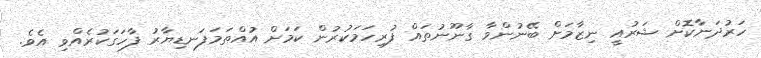
ހަރުދަނާކޮށް ޝަރުއީ ނިޒާމަށް ބޭނުންވާ ގާނޫނުތައް ފުރިހަމަކުރުން ކަމަށް އުއްތަމަފަނޑިޔާރު ފާހަގަކުރެއްވި އެވެ.